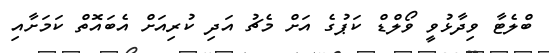
ބްލެޓާ ވިދާޅުވީ ވޯލްޑް ކަޕުގެ އަށް މެޗު އަދި ކުރިއަށް އެބައޮތް ކަމަށާއި